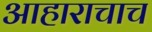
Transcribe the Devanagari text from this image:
आहाराचाच